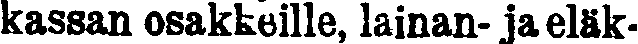
kassan osakkeille, lainan- ja eläk-